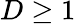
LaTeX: D\ge 1